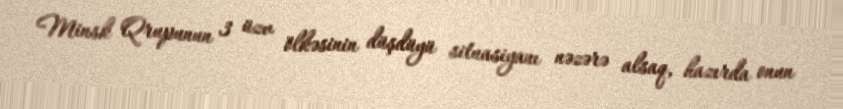
Minsk Qrupunun 3 üzv ölkəsinin düşdüyü situasiyanı nəzərə alsaq, hazırda onun